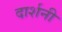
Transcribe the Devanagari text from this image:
दार्शनी